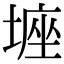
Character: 𡎻